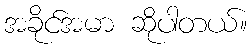
အခိုင်အမာ ဆိုပါတယ်။